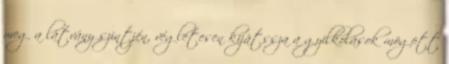
meg a látvány szintjén, végletesen kijátssza a gyilkolások mögött